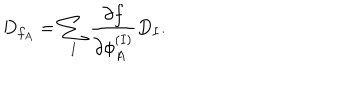
LaTeX: D _ { f _ { A } } = \sum _ { I } { \frac { \partial f } { \partial \phi _ { A } ^ { ( I ) } } } D _ { I } .